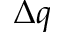
\Delta \boldsymbol { q }